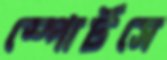
স্পোর্টসে